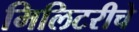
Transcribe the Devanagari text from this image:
मिलिटरीचे